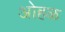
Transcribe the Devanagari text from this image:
ओहळ